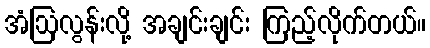
အံဩလွန်းလို့ အချင်းချင်း ကြည့်လိုက်တယ်။